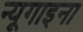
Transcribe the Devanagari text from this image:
न्यूगाइना